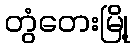
တွံတေးမြို့